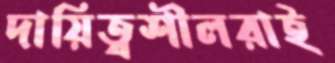
দায়িত্বশীলরাই